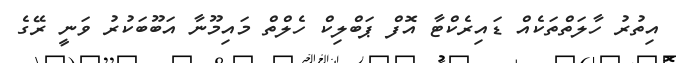
އިތުރު ހާލަތްތަކެއް ޑައިރެކްޓާ އޮފް ޕަބްލިކް ހެލްތް މައިމޫނާ އަބޫބަކުރު ވަނީ ރޭގެ